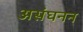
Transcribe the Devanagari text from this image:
असंघनन